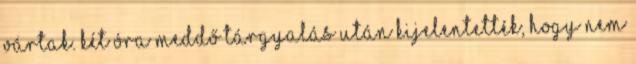
vártak. Két óra meddő tárgyalás után kijelentették, hogy nem